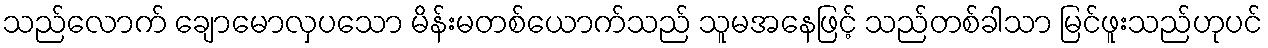
သည်လောက် ချောမောလှပသော မိန်းမတစ်ယောက်သည် သူမအနေဖြင့် သည်တစ်ခါသာ မြင်ဖူးသည်ဟုပင်